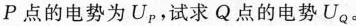
18.电荷q均匀地分布在半球面ACB上，球面半径为R，CD为通过半球顶点C与球心